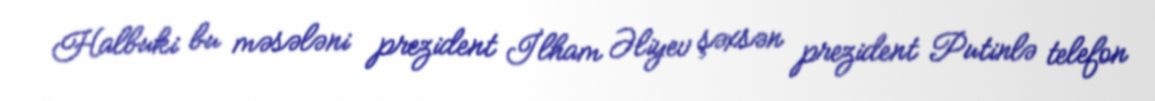
Halbuki bu məsələni prezident İlham Əliyev şəxsən prezident Putinlə telefon